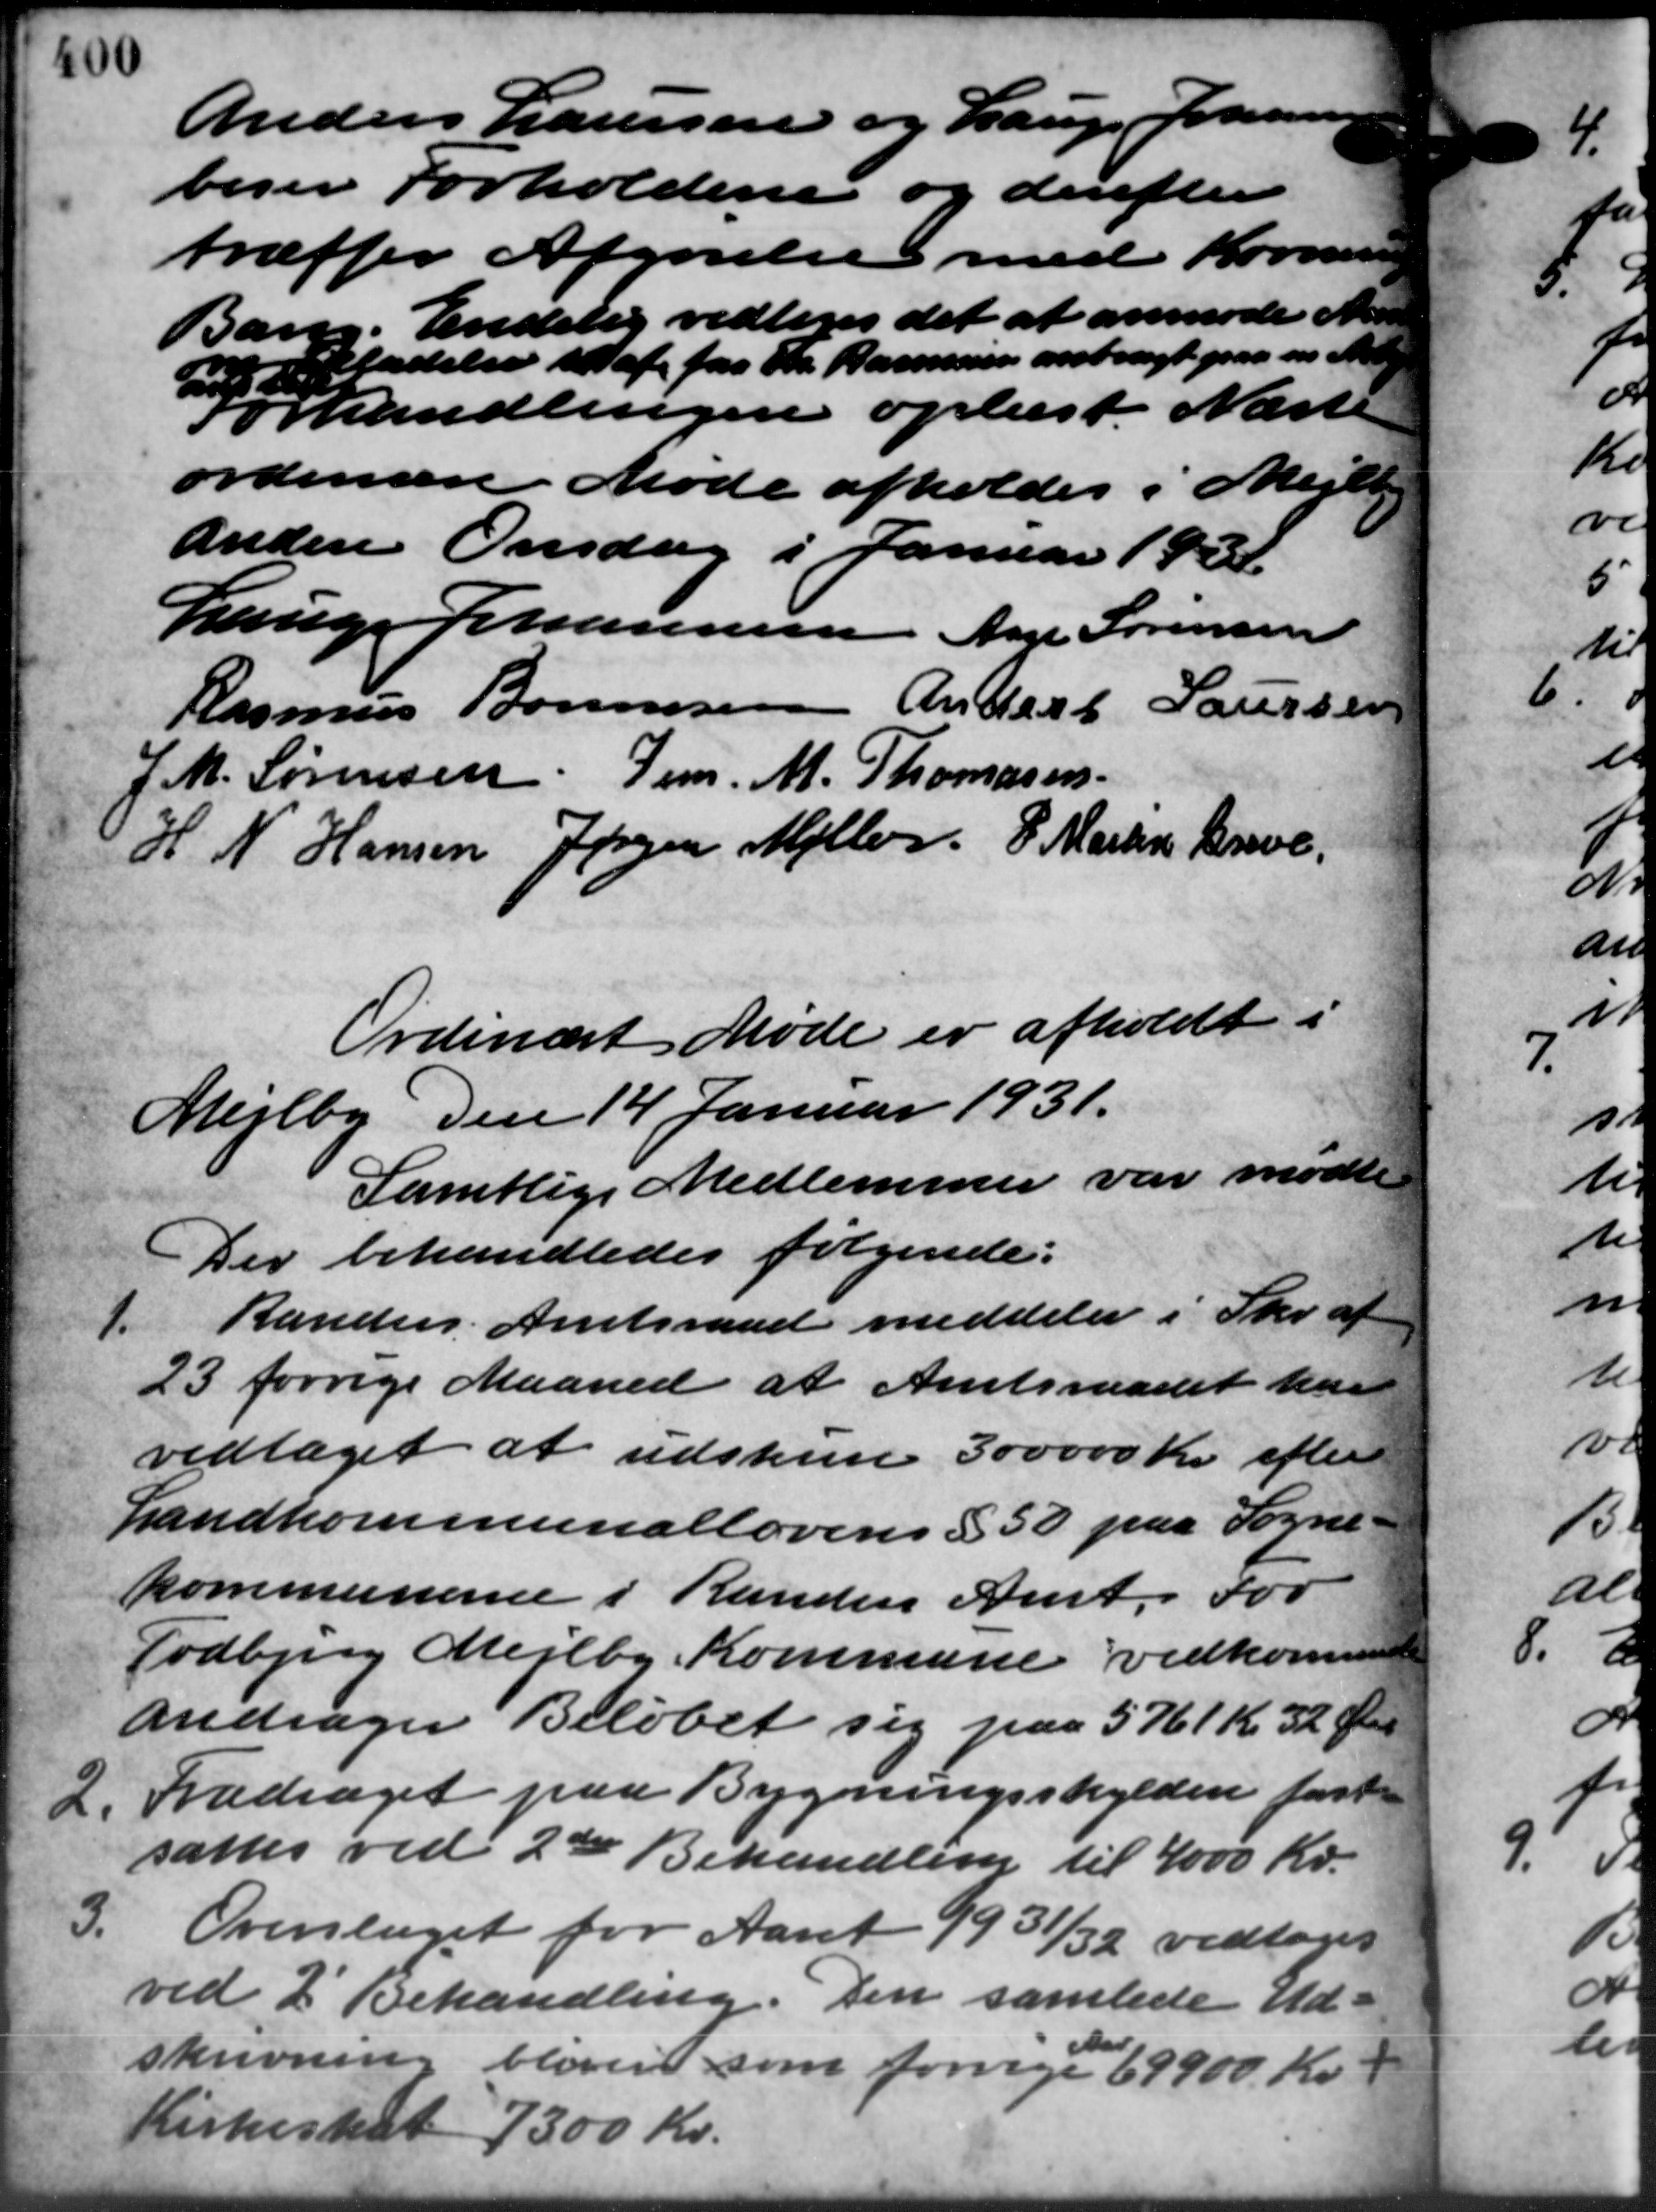
Transskription:
Anders Laursen og Lauge Johanne
beser Forholdene og derefter
træffer Afgørelse med Kommunen
Bang. Endelig vedtoges det at anmode No
ladelse til at for Fr. Rasmussen anbragt paa en M
orhandlingen oplæst. Næste

ordinære Møde afholdes i Mejlby
anden Onsdag i Januar 1922.
Lauge Johannesen Aage Sørensen
Rasmus Bonnesen Anders Laursen
J. M. Sørensen Jens. M. Thomasen
H. N. Hansen Jørgen Møller P. Martin Greve
"
Ordinært Møde er afholdt i
Mejlby Den 14 Januar 1931.
Samtlige Medlemmer var mødt
Der behandledes følgende:
1.
Randers Amtsraad meddeler i Skr. af
23 forrige Maaned at Amtsraadet har
vedtaget at udskrive 300.000 Kr. efter
Landkommunallovens § 50 paa Sogne-
kommunerne i Randers Amt. For
Todbjerg Mejlby Kommune vedkommende
andrager Beløbet sig paa 5761 Kr. 32 Øre
2. Fradraget paa Bygningsskylden fast
2. Fradraget paa Bygningsskylden fast
sattes ved 2de Behandling til 4000 Kr.
3. Overslaget for Aaret 99 31/32 vedtoges
3. Overslaget for Aaret 99 31/32 vedtoges
ved 2' Behandling. Den samlede Ud-
skrivning blever som forrige 69900 Kr.
Kirkeskat 7300 Kr.